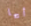
أيها